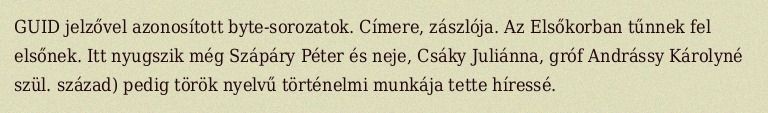
GUID jelzővel azonosított byte-sorozatok. Címere, zászlója. Az Elsőkorban tűnnek fel elsőnek. Itt nyugszik még Szápáry Péter és neje, Csáky Juliánna, gróf Andrássy Károlyné szül. század) pedig török nyelvű történelmi munkája tette híressé.